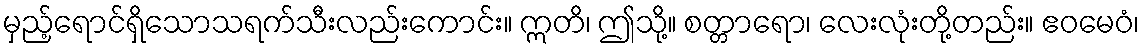
မှည့်ရောင်ရှိသောသရက်သီးလည်းကောင်း။ ဣတိ၊ ဤသို့။ စတ္တာရော၊ လေးလုံးတို့တည်း။ ဧဝမေဝံ၊